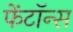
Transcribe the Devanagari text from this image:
फेंटॉन्स